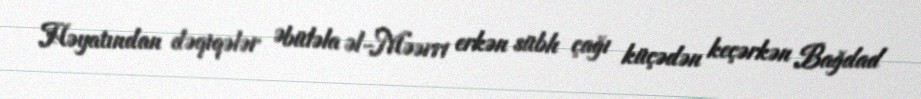
Həyatından dəqiqələr Əbüləla əl-Məərri erkən sübh çağı küçədən keçərkən Bağdad